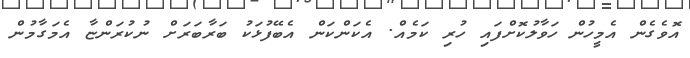
އޮވެގެން އެމީހުން ހަވާލުކޮށްފައި ހުރި ކަމެއް. އެކަންކަން އެބޭފުޅަކު ބަރާބަރަށް ނުކުރަންޏާ އެމަގާމުން